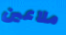
ملاعين